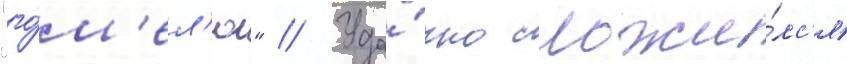
"го́м'ел'ю" // Уда́чно сложи́лс'я